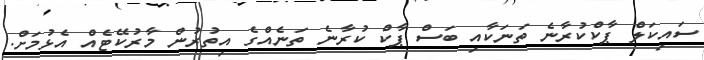
ސައިކަލް ޕާކްކުރާނެ ތަނަކާއި ބަސް ޕާކް ކުރާނެ ތަނެއްގެ އިތުރުން މާރުކޭޓެއް އެޅުމަށް.